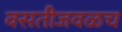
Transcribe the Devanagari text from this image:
वसतीजवळच